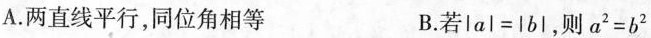
A.两直线平行，同位角相等 B.若$$lal=lbI$$，则$$a^{2}=b^{2}$$